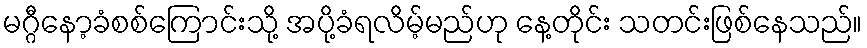
မဂ္ဂီနော့ခံစစ်ကြောင်းသို့ အပို့ခံရလိမ့်မည်ဟု နေ့တိုင်း သတင်းဖြစ်နေသည်။